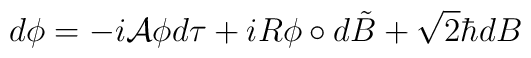
d\phi=-i {\cal A}\phi d\tau +iR\phi\circ d\tilde{B}+\sqrt{2}\hbar dB